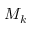
M _ { k }